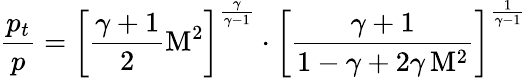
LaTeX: {\frac{p_{t}}{p}}=\left[{\frac{\gamma+1}{2}}\mathrm{M}^{2}\right]^{\frac{\gamma}{\gamma-1}}\cdot\left[{\frac{\gamma+1}{1-\gamma+2\gamma\, \mathrm{M}^{2}}}\right]^{\frac{1}{\gamma-1}}